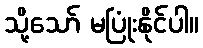
သို့သော် မပြုံးနိုင်ပါ။